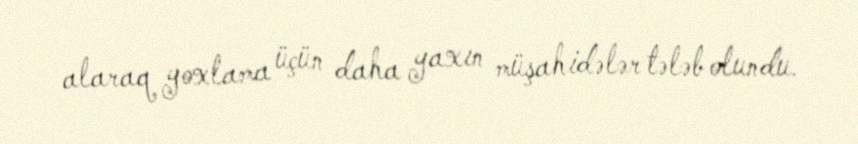
alaraq yoxlama üçün daha yaxın müşahidələr tələb olundu.